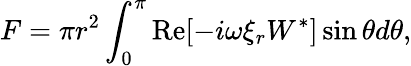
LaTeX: F=\pi r^{2}\int_{0}^{\pi}\operatorname{Re}[-i\omega\xi_{r}W^{*}]\sin\theta d\theta,